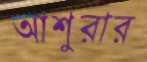
আশুরার